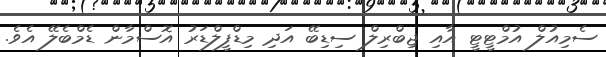
ސެމިއުލް އުމްޓީޓީ އާއި ޖިބްރިލް ސިޑިބޭ އަދި މިޑްފީލްޑަރު އޮސްމާން ޑެމްބެލޭ އެވެ.